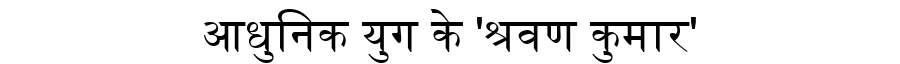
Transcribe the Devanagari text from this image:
आधुनिक युग के 'श्रवण कुमार'